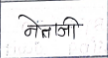
मजकूर: नेताजी